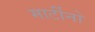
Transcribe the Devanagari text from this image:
मार्टीनो